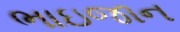
ભાઇજાન